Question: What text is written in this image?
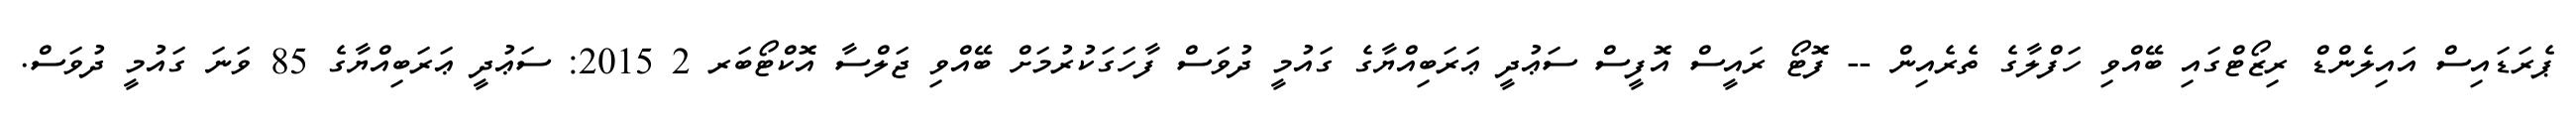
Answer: ޕެރަޑައިސް އައިލެންޑް ރިޒޯޓްގައި ބޭއްވި ހަފްލާގެ ތެރެއިން -- ފޮޓޯ ރައީސް އޮފީސް ސަޢުދީ ޢަރަބިއްޔާގެ ގައުމީ ދުވަސް ފާހަގަކުރުމަށް ބޭއްވި ޖަލްސާ އޮކްޓޯބަރ 2 2015: ސަޢުދީ ޢަރަބިއްޔާގެ 85 ވަނަ ގައުމީ ދުވަސް.